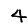
Digit: 4